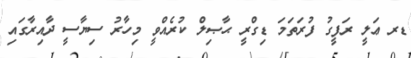
ޑރ ޢަލީ ރަފީގު ފުރަތަމަ ޑިގްރީ ޙާޞިލް ކުރެއްވީ މިހާރު ސިޔާސީ ދާއިރާގައި